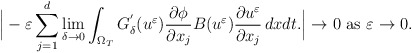
\begin{align*}\Big|-\varepsilon\displaystyle\sum_{j=1}^{d}\displaystyle\lim_{\delta\to 0}\int_{\Omega_{T}} G_{\delta}^{'}(u^{\varepsilon})\frac{\partial\phi}{\partial x_{j}} B(u^{\varepsilon})\frac{\partial u^{\varepsilon}}{\partial x_{j}}\, dx dt.\Big|\to 0\,\,\mbox{as}\,\,\varepsilon\to 0.\end{align*}